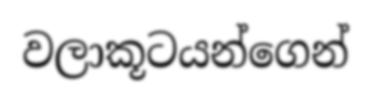
වලාකූටයන්ගෙන්